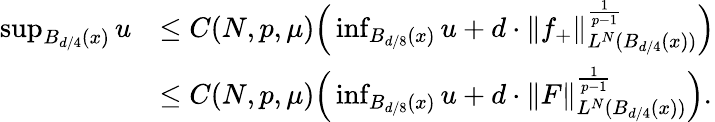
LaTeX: \begin{array}{rl}{\operatorname*{sup}_{B_{d/4}(x)}u}&{\le C(N,p,\mu)\Big(\operatorname*{inf}_{B_{d/8}(x)}u+d\cdot\| f_{+}\| _{L^{N}(B_{d/4}(x))}^{\frac{1}{p-1}}\Big)}\\ &{\le C(N,p,\mu)\Big(\operatorname*{inf}_{B_{d/8}(x)}u+d\cdot\| F\| _{L^{N}(B_{d/4}(x))}^{\frac{1}{p-1}}\Big).}\end{array}